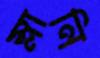
ম্লানি